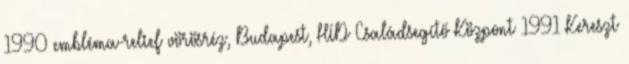
1990 embléma-relief vörösréz, Budapest, HÍD Családsegítő Központ 1991 Kereszt